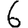
Digit: 6